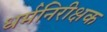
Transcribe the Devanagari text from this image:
धर्मनिरीक्षक